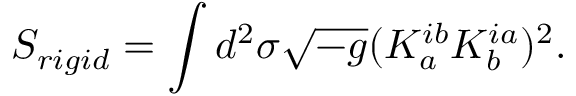
S _ { r i g i d } = \int d ^ { 2 } \sigma \sqrt { - g } ( K _ { a } ^ { i b } K _ { b } ^ { i a } ) ^ { 2 } .